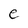
Character: e